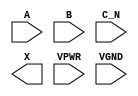
module sky130_fd_sc_hs__or3b (
    //# {{data|Data Signals}}
    input  A   ,
    input  B   ,
    input  C_N ,
    output X   ,

    //# {{power|Power}}
    input  VPWR,
    input  VGND
);
endmodule